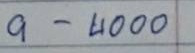
9 - 4000